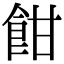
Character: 𩚵